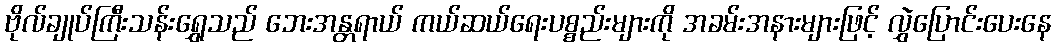
ဗိုလ်ချုပ်ကြီးသန်းရွှေသည် ဘေးအန္တရာယ် ကယ်ဆယ်ရေးပစ္စည်းများကို အခမ်းအနားများဖြင့် လွှဲပြောင်းပေးနေ